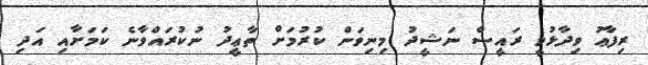
ރިފާޢު ވިދާޅުވީ ރައީސް ނަޝީދު މިނިވަން ކުރުމަށް ތާޢީދު ނުކުރައްވާނެ ކަމަށާއި އަދި